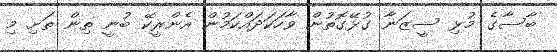
ބާސާގެ މުޅި ސީޒަނާ ގުޅޭގޮތުން ވާހަކަދައްކަމުން އެންރީކޭ ބުނީ ތިން ތަށި މި